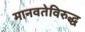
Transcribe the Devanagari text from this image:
मानवतेविरुद्ध